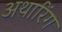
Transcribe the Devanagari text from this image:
अथारिंग